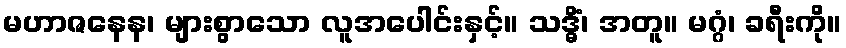
မဟာဇနေန၊ များစွာသော လူအပေါင်းနှင့်။ သဒ္ဓိံ၊ အတူ။ မဂ္ဂံ၊ ခရီးကို။